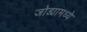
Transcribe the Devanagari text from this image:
जोड्यामध्ये